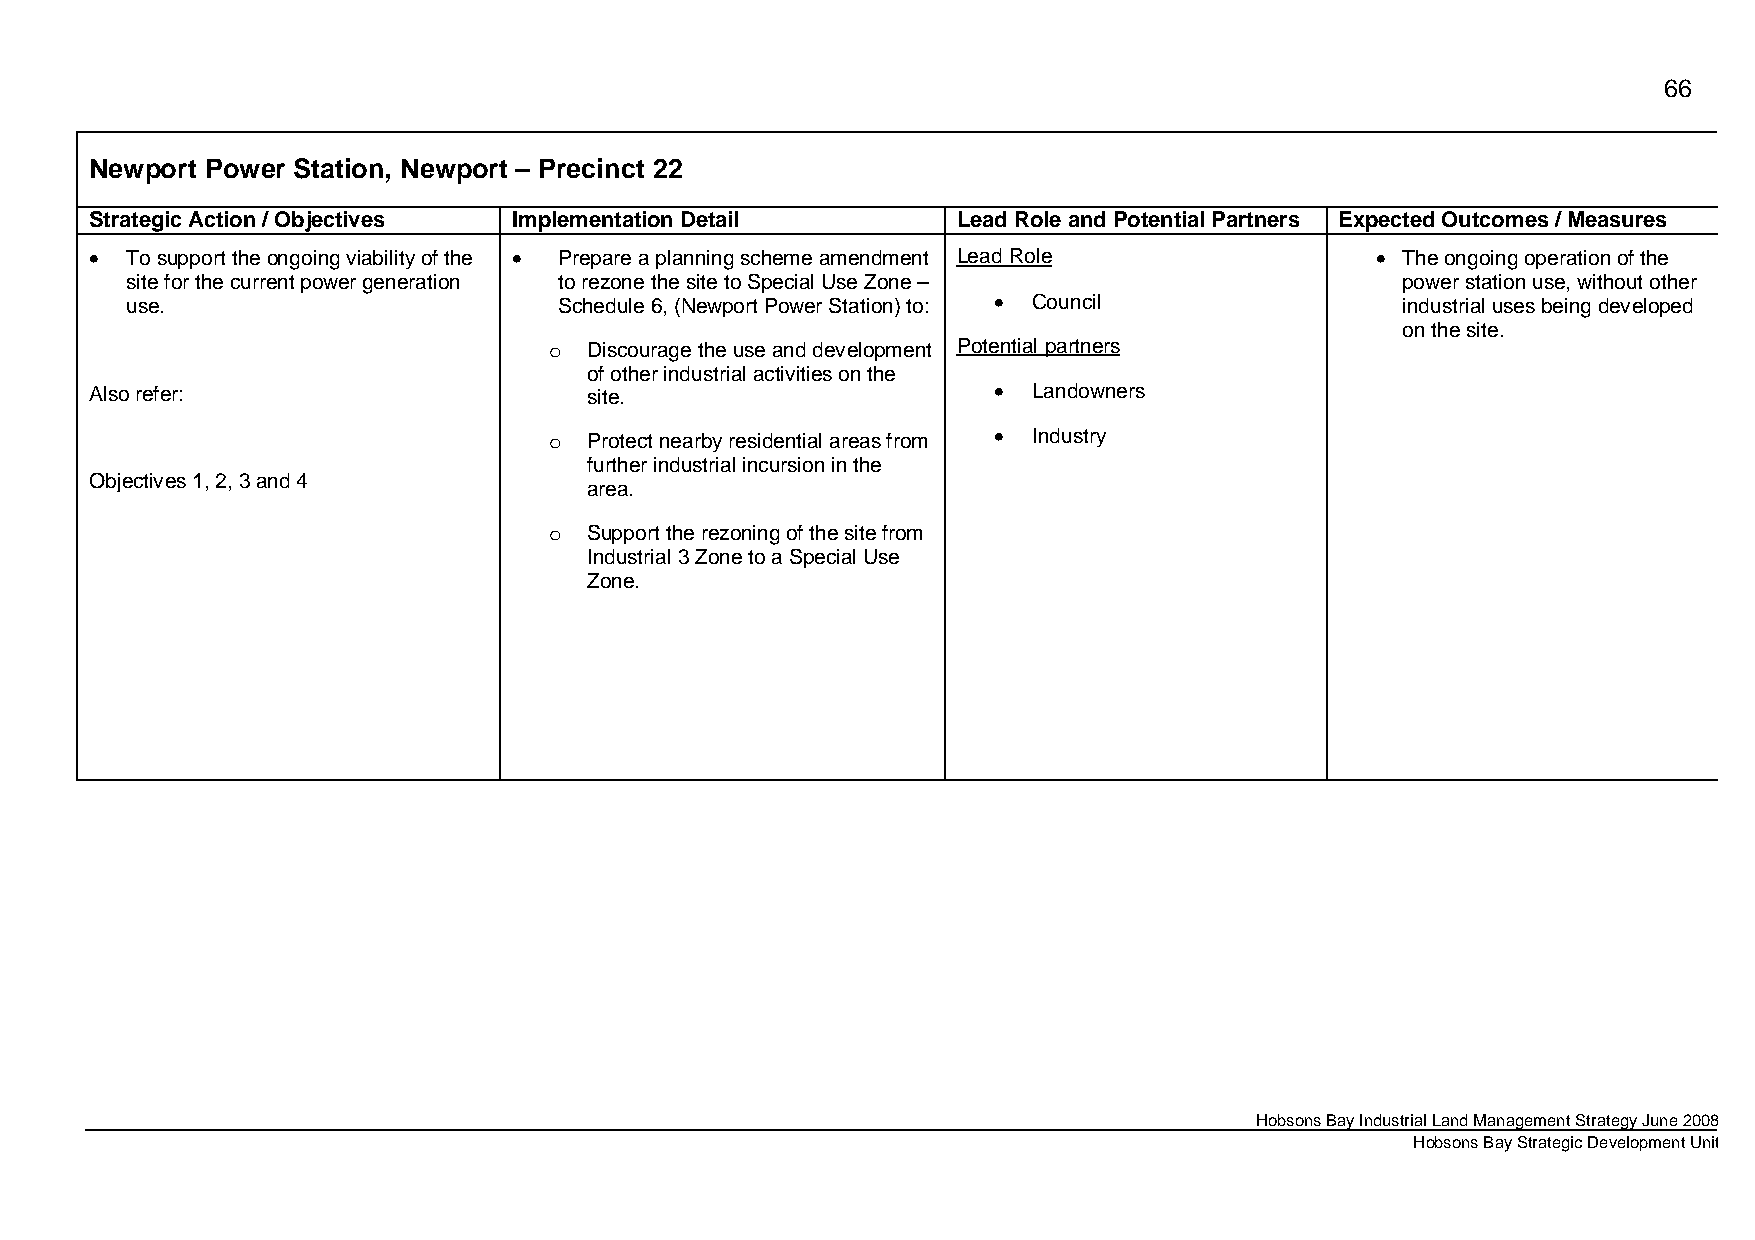
66
 Newport Power Station, Newport – Precinct 22
 Strategic Action / Objectives Implementation Detail      Lead Role and Potential Partners Expected Outcomes / Measures
 • To support the ongoing viability of the • Prepare a planning scheme amendment Lead Role • The ongoing operation of the
 site for the current power generation to rezone the site to Special Use Zone –       power station use, without other
 use.                         Schedule 6, (Newport Power Station) to: • Council       industrial uses being developed
 on the site.
 o  Discourage the use and development Potential partners
 of other industrial activities on the
 Also refer:                      site.                      • Landowners
 o  Protect nearby residential areas from • Industry
 further industrial incursion in the
 Objectives 1, 2, 3 and 4
 area.
 o  Support the rezoning of the site from
 Industrial 3 Zone to a Special Use
 Zone.
 Hobsons Bay Industrial Land Management Strategy June 2008
 Hobsons Bay Strategic Development Unit